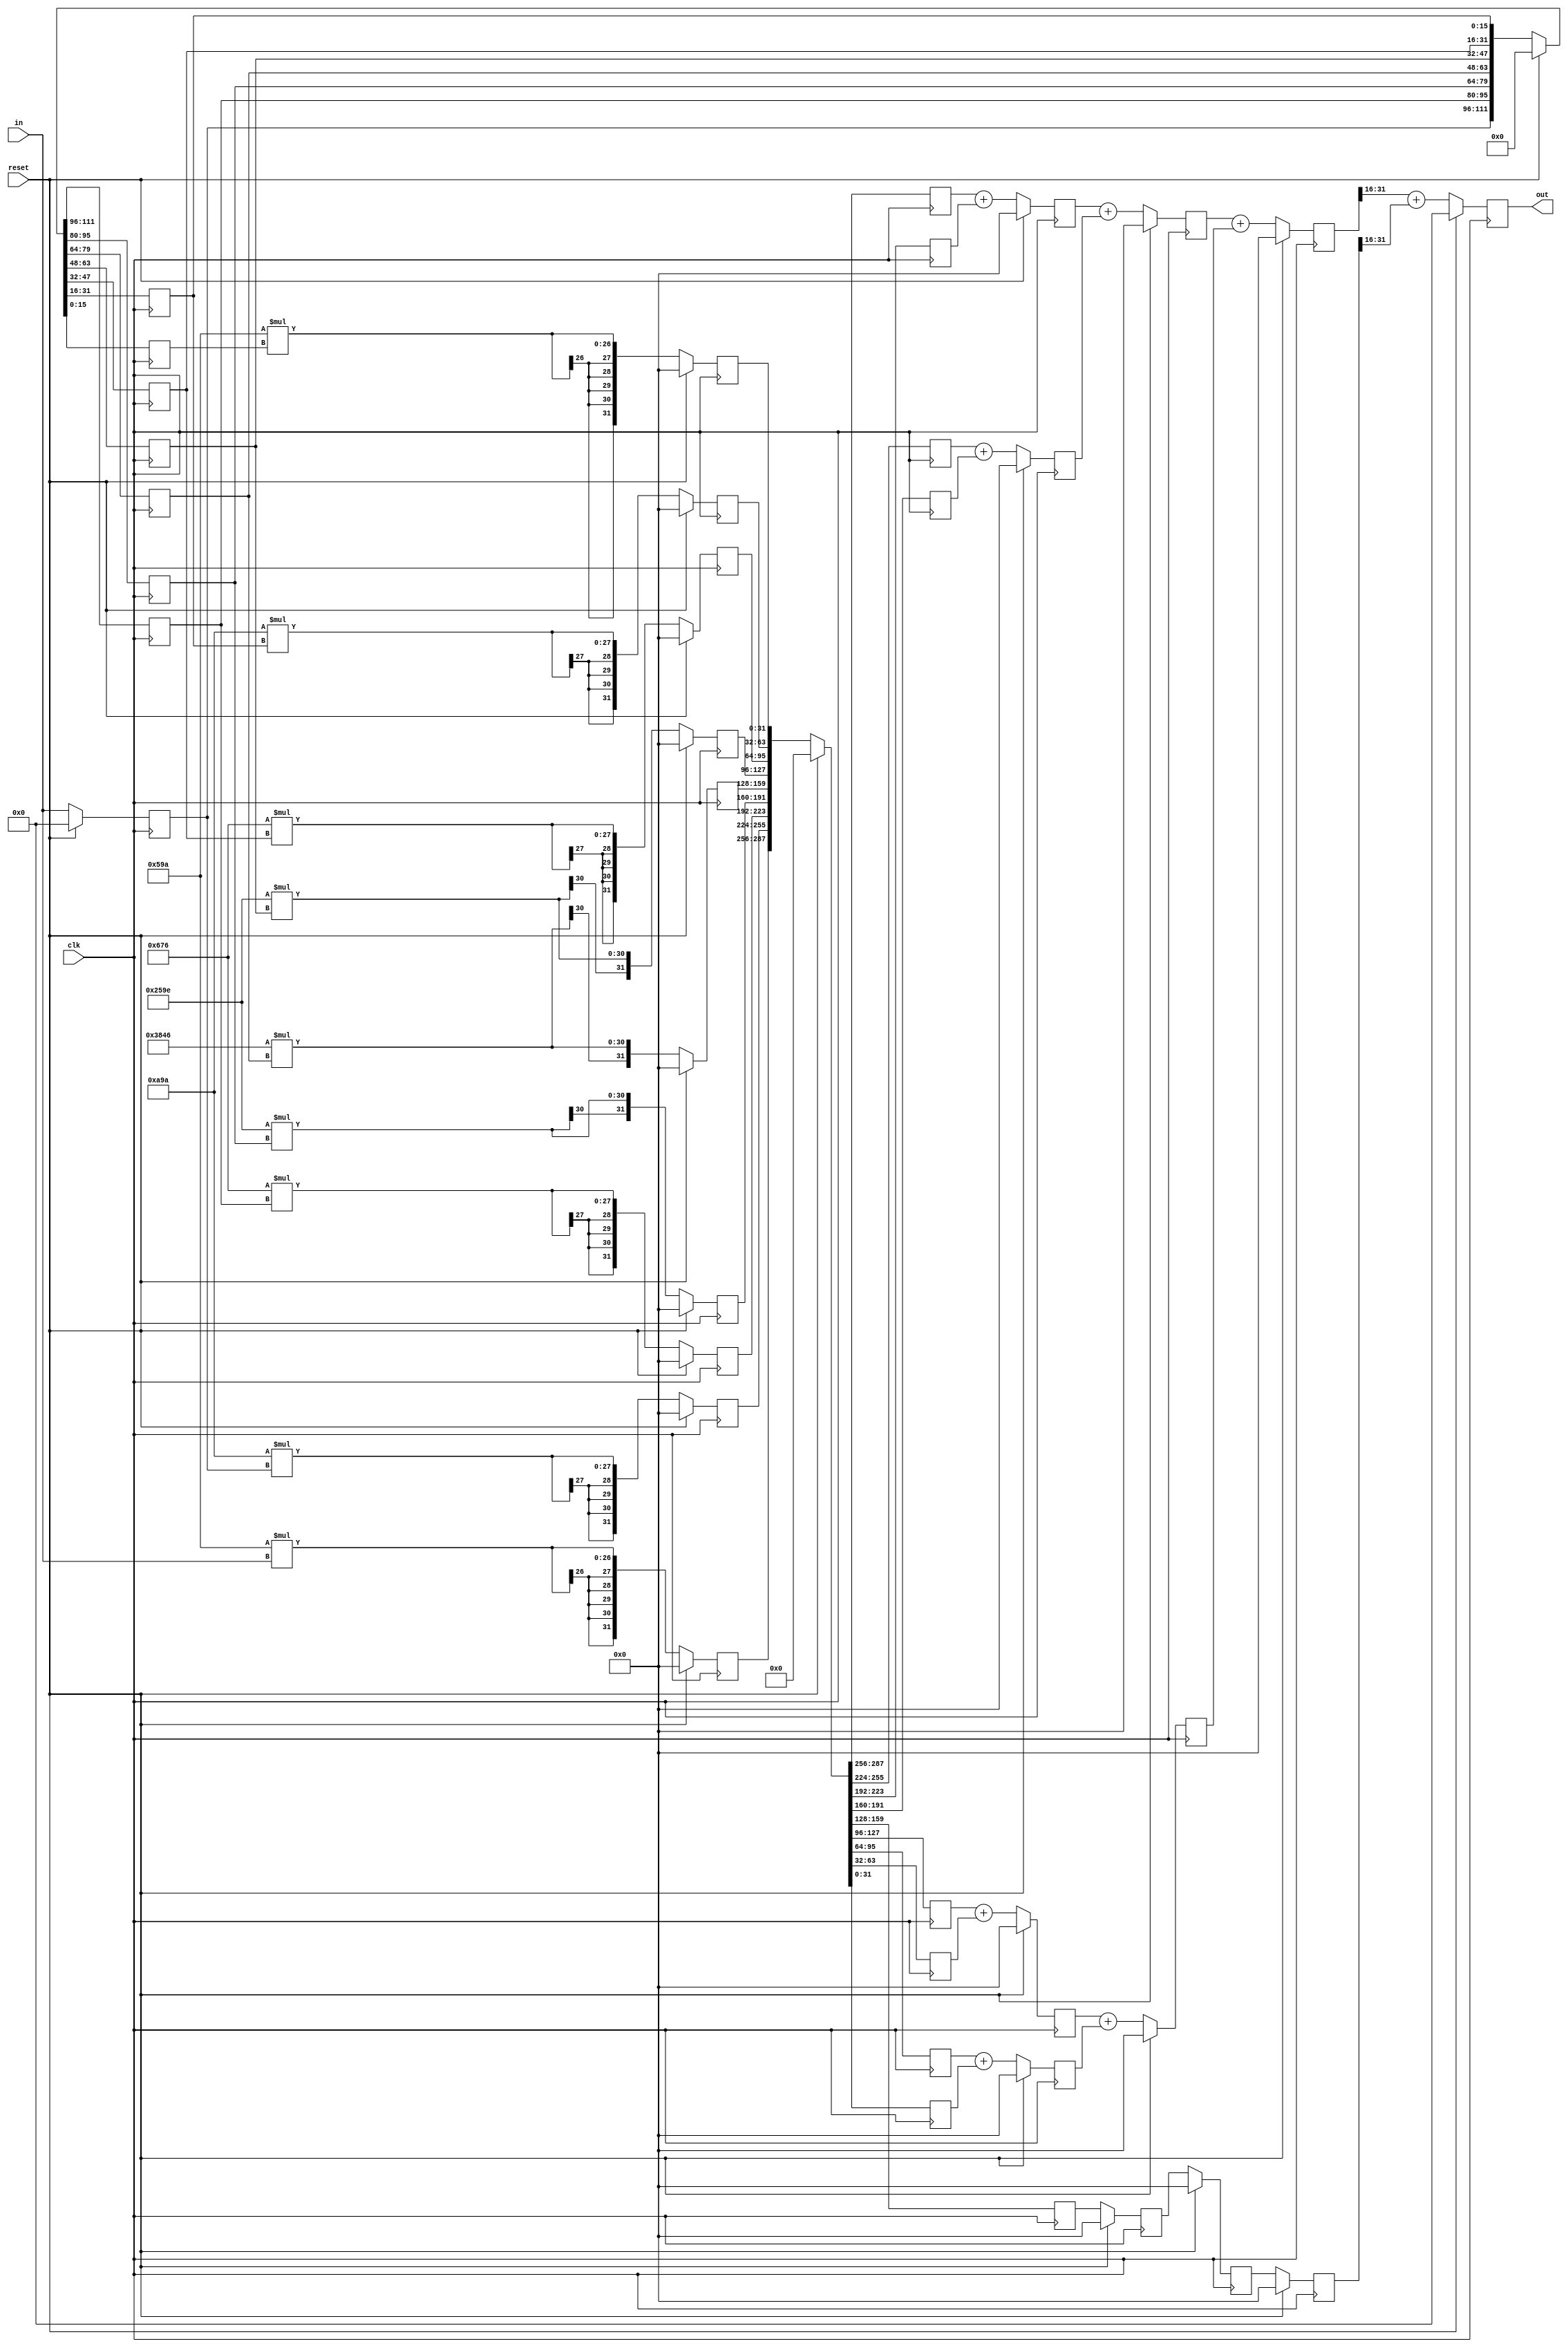
`timescale 1ns / 1ps
//////////////////////////////////////////////////////////////////////////////////
// Company: 
// Engineer: 
// 
// Design Name: 
// Module Name: adrv9009_rhb3
// Project Name: 
// Target Devices: 
// Tool Versions: 
// Description: 
// 
// Dependencies: 
// 
// Revision:
// Revision 0.01 - File Created
// Additional Comments:
// 
//////////////////////////////////////////////////////////////////////////////////


module adrv9009_rhb3(
    input clk,
    input reset,
    input signed [15:0] in,
    output reg signed [15:0] out
    );
    
    // RHB3 filter coefficient, MSB is signed bit
    wire signed [15:0] coeff0, coeff1, coeff2, coeff3, coeff4, coeff5, coeff6, coeff7, coeff8;
    assign coeff0 = 16'hfd9a; // (-0.01874) * 2^15 = -614
    assign coeff1 = 16'hfa9a; // (-0.04218) * 2^15 = -1382
    assign coeff2 = 16'h0676; // 0.050476 * 2^15 = 1654
    assign coeff3 = 16'h259e; // 0.293884 * 2^15 = 9630
    assign coeff4 = 16'h3846; // 0.439636 * 2^15 = 14406
    assign coeff5 = 16'h259e; // 0.293884 * 2^15 = 9630
    assign coeff6 = 16'h0676; // 0.050476 * 2^15 = 1654
    assign coeff7 = 16'hfa9a; // (-0.04218) * 2^15 = -1382
    assign coeff8 = 16'hfd9a; // (-0.01874) * 2^15 = -614
    
    // Save previous input data
    reg signed [15:0] zin1, zin2, zin3, zin4, zin5, zin6, zin7, zin8;
    always @(posedge clk) begin
        if (reset) begin
            {zin1, zin2, zin3, zin4, zin5, zin6, zin7, zin8} <= {8{16'b0}};
        end else begin
            zin1 <= in;
            {zin2, zin3, zin4, zin5, zin6, zin7, zin8} <= {zin1, zin2, zin3, zin4, zin5, zin6, zin7};
        end
    end
    
    // Coefficient multiplation
    reg signed [31:0] xh0, xh1, xh2, xh3, xh4, xh5, xh6, xh7, xh8;
    always @(posedge clk) begin
        if (reset) begin
            {xh0, xh1, xh2, xh3, xh4, xh5, xh6, xh7, xh8} <= {9{32'b0}};
        end else begin
            xh0 <= coeff0 * in;
            xh1 <= coeff1 * zin1;
            xh2 <= coeff2 * zin2;
            xh3 <= coeff3 * zin3;
            xh4 <= coeff4 * zin4;
            xh5 <= coeff5 * zin5;
            xh6 <= coeff6 * zin6;
            xh7 <= coeff7 * zin7;
            xh8 <= coeff8 * zin8;
        end
    end
    
    // Output
    reg signed [31:0] xxh0, xxh1, xxh2, xxh3, xxh4, xxh5, xxh6, xxh7, xxh8;
    reg signed [31:0] out1, out2, out3, out4, out5;
    reg signed [31:0] out6, out7, out8;
    reg signed [31:0] out9, out0;
    always @(posedge clk) begin
        if (reset) begin
            out <= 32'b0;
            {xxh0, xxh1, xxh2, xxh3, xxh4, xxh5, xxh6, xxh7, xxh8} <= {9{32'b0}};
            {out0, out1, out2, out3, out4, out5, out6, out7, out8, out9} <= {10{32'b0}};
        end else begin 
            // Cycle delay 1: Allow for multiplication process
            {xxh0, xxh1, xxh2, xxh3, xxh4, xxh5, xxh6, xxh7, xxh8} <= {xh0, xh1, xh2, xh3, xh4, xh5, xh6, xh7, xh8};
            // Cycle delay 2: Allow for summation process
            out1 <= xxh0 + xxh2;
            out2 <= xxh1 + xxh3;
            out3 <= xxh5 + xxh7;
            out4 <= xxh6 + xxh8;
            out5 <= xxh4;
            // Cycle delay 3
            out6 <= out1 + out2;
            out7 <= out3 + out4;
            out8 <= out5;
            // Cycle delay 4
            out9 <= out6 + out7;
            out0 <= out8;
            // Finally output
            out <= out9[31:16] + out0[31:16];
        end
    end
endmodule